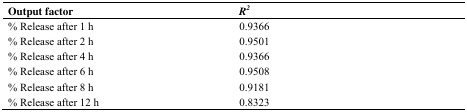
| Output factor | R2 |
 | --- | --- |
 | % Release after 1 h | 0.9366 |
 | % Release after 2 h | 0.9501 |
 | % Release after 4 h | 0.9366 |
 | % Release after 6 h | 0.9508 |
 | % Release after 8 h | 0.9181 |
 | % Release after 12 h | 0.8323 |